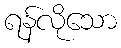
ရန်လိုသော